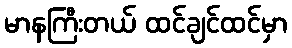
မာနကြီးတယ် ထင်ချင်ထင်မှာ